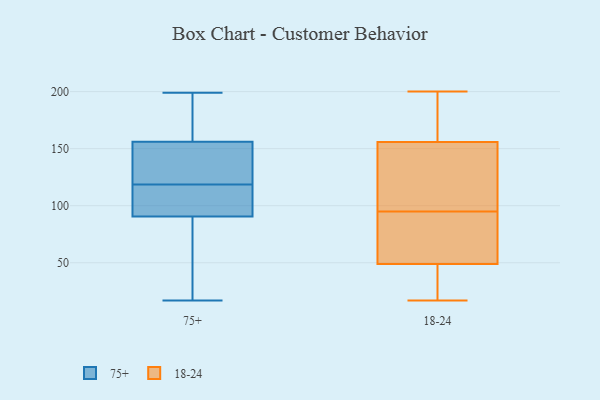
{"axis": {"x": "LTV (USD)", "y": "Value"}, "legend": ["18-24", "75+"], "data": [{"x": "", "y": 137, "type": "75+"}, {"x": "", "y": 170, "type": "75+"}, {"x": "", "y": 136, "type": "75+"}, {"x": "", "y": 180, "type": "75+"}, {"x": "", "y": 100, "type": "75+"}, {"x": "", "y": 168, "type": "75+"}, {"x": "", "y": 51, "type": "75+"}, {"x": "", "y": 92, "type": "75+"}, {"x": "", "y": 66, "type": "75+"}, {"x": "", "y": 199, "type": "75+"}, {"x": "", "y": 143, "type": "75+"}, {"x": "", "y": 144, "type": "75+"}, {"x": "", "y": 101, "type": "75+"}, {"x": "", "y": 89, "type": "75+"}, {"x": "", "y": 17, "type": "75+"}, {"x": "", "y": 98, "type": "75+"}, {"x": "", "y": 49, "type": "18-24"}, {"x": "", "y": 152, "type": "18-24"}, {"x": "", "y": 49, "type": "18-24"}, {"x": "", "y": 86, "type": "18-24"}, {"x": "", "y": 62, "type": "18-24"}, {"x": "", "y": 95, "type": "18-24"}, {"x": "", "y": 200, "type": "18-24"}, {"x": "", "y": 37, "type": "18-24"}, {"x": "", "y": 172, "type": "18-24"}, {"x": "", "y": 101, "type": "18-24"}, {"x": "", "y": 121, "type": "18-24"}, {"x": "", "y": 157, "type": "18-24"}, {"x": "", "y": 31, "type": "18-24"}, {"x": "", "y": 28, "type": "18-24"}, {"x": "", "y": 120, "type": "18-24"}, {"x": "", "y": 172, "type": "18-24"}, {"x": "", "y": 69, "type": "18-24"}, {"x": "", "y": 178, "type": "18-24"}, {"x": "", "y": 17, "type": "18-24"}]}